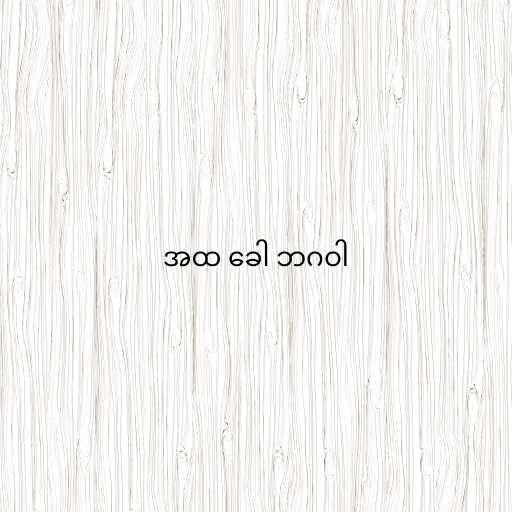
အထ ခေါ ဘဂဝါ